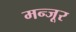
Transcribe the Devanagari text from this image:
मन्जूर